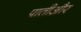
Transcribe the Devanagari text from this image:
पातीऔर